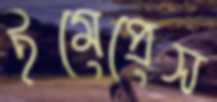
ইমেপ্রেস